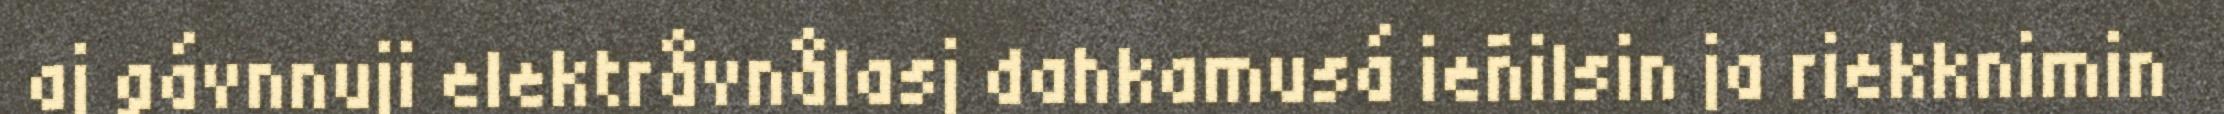
aj gávnnuji elektråvnålasj dahkamusá ieñilsin ja riekknimin